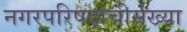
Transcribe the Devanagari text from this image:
नगरपरिषदांचीसंख्या